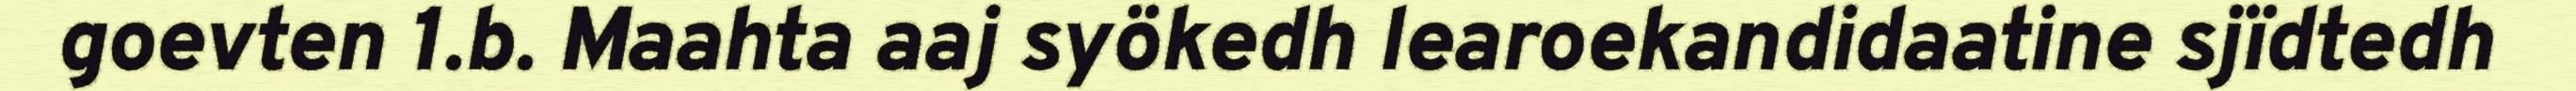
goevten 1.b. Maahta aaj syökedh learoekandidaatine sjïdtedh